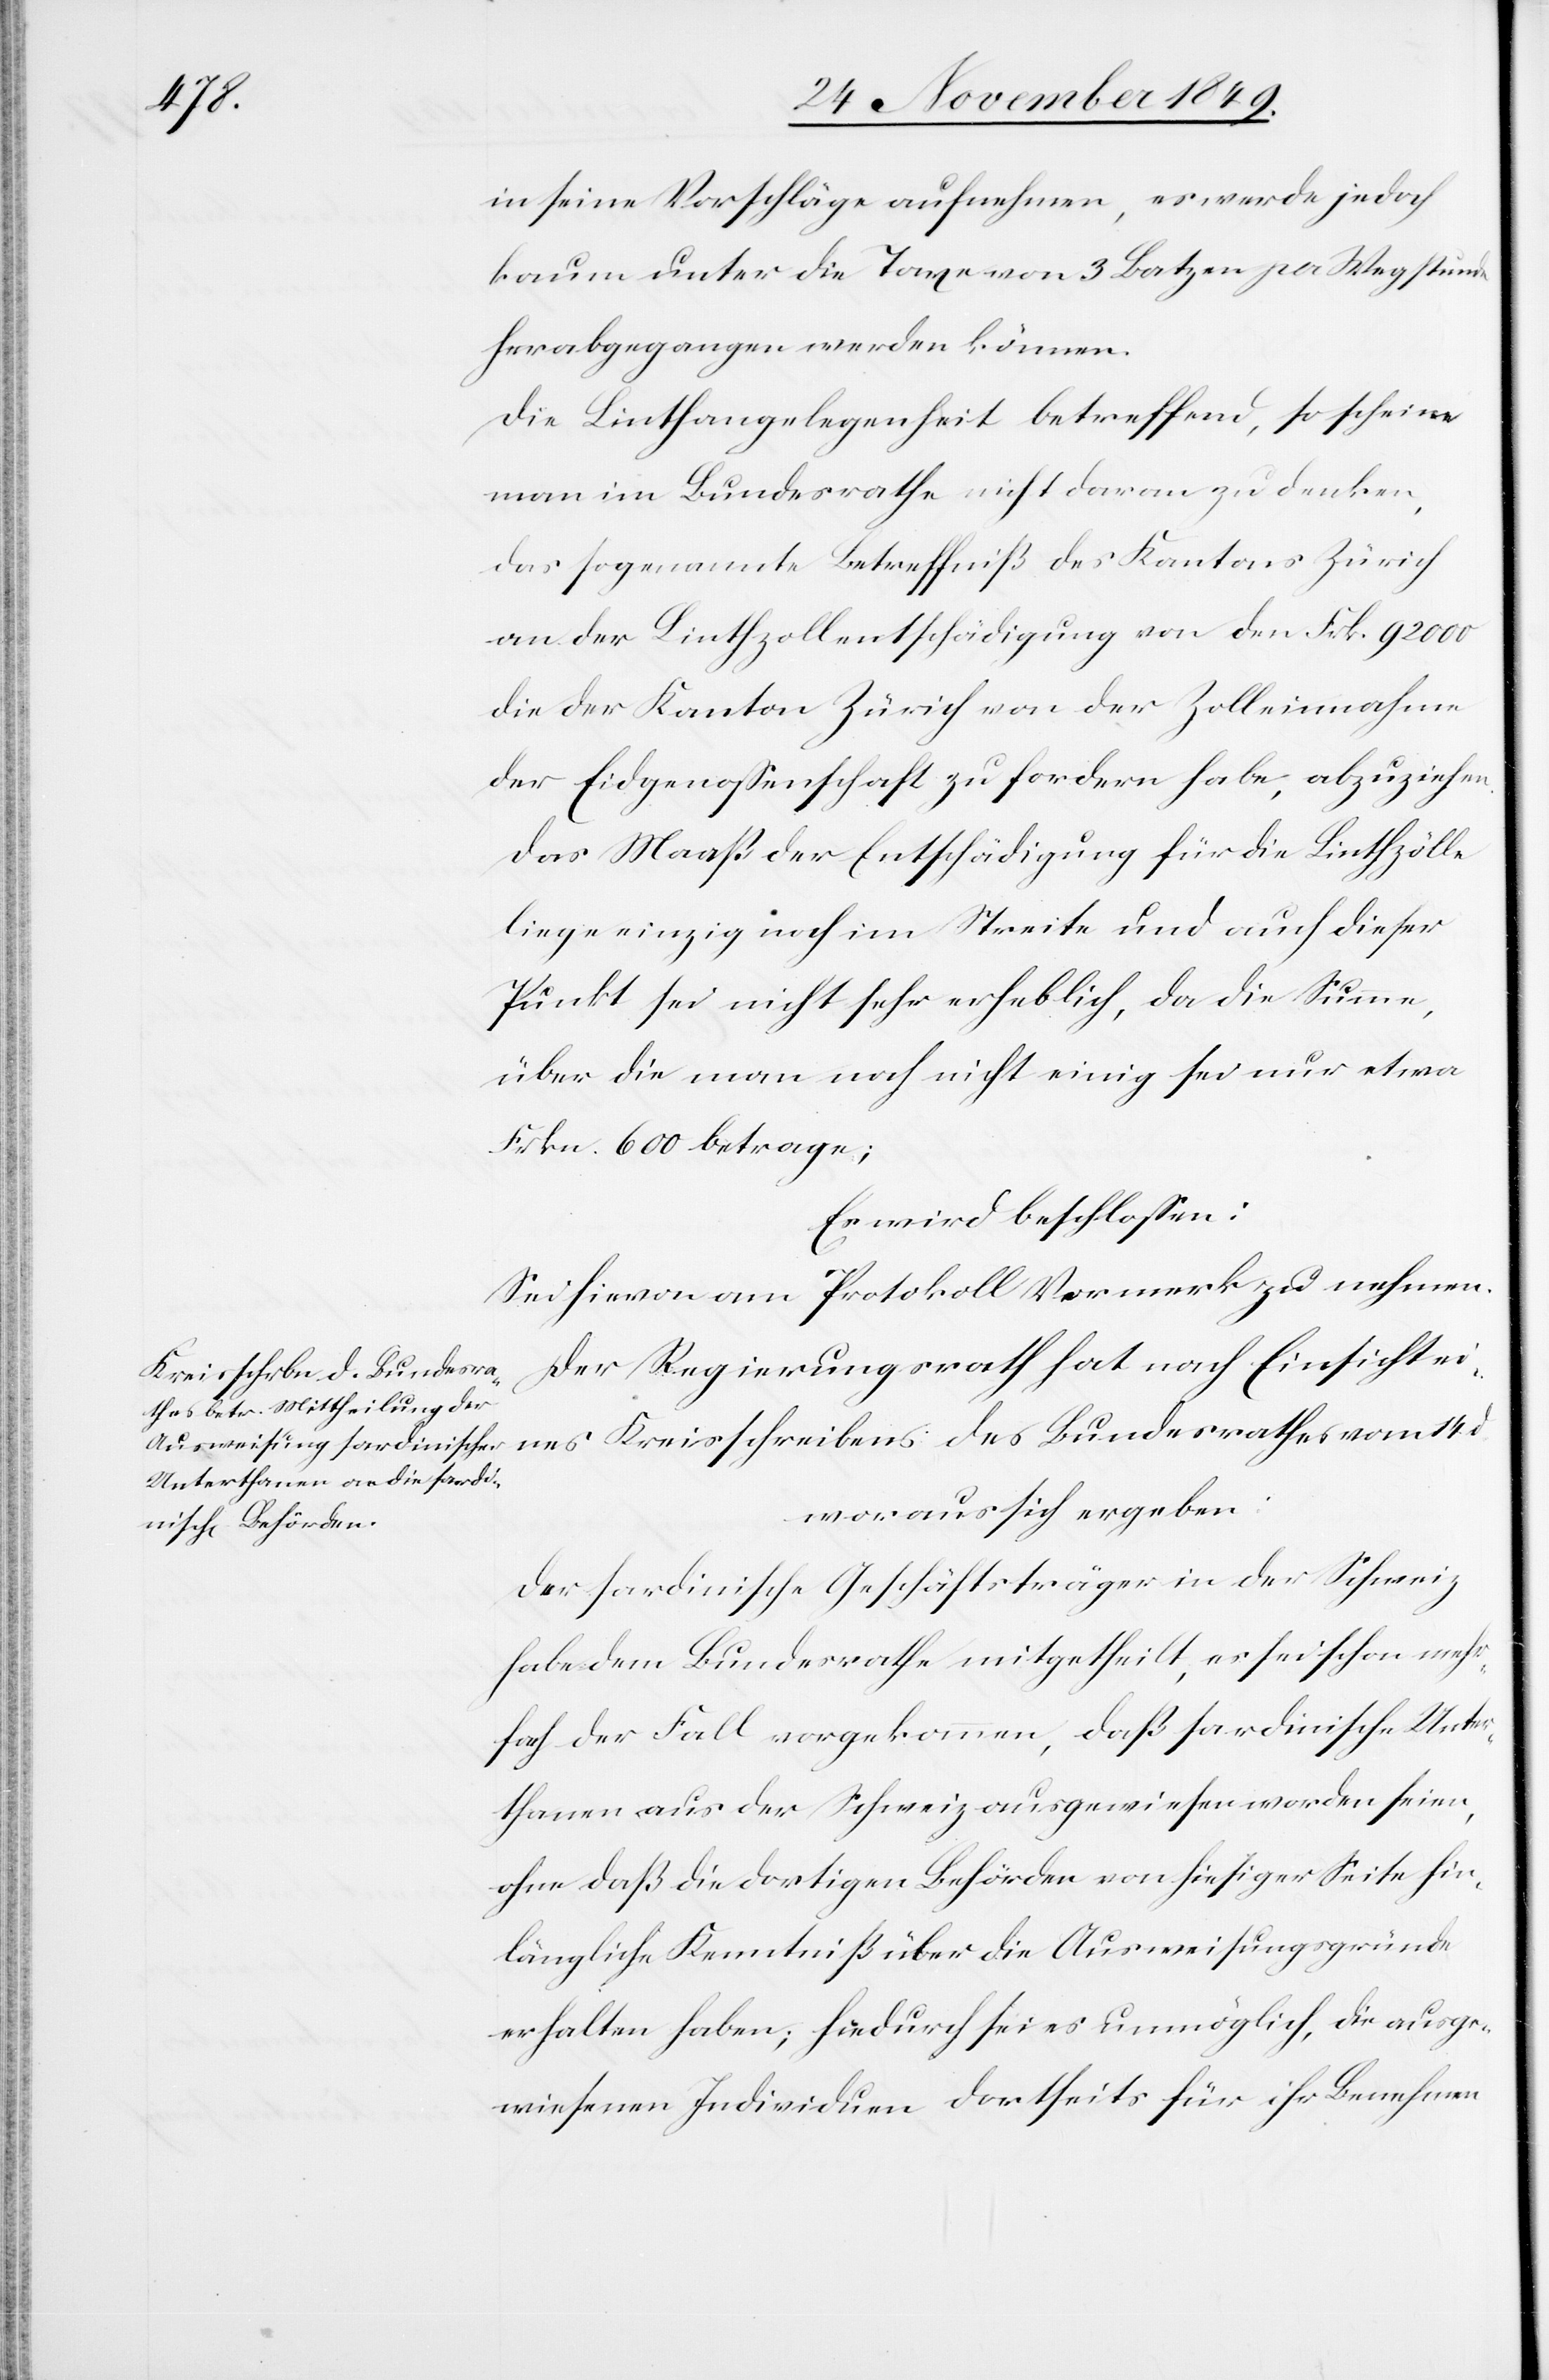
in seine Vorschläge aufnehmen, es werde jedoch
kaum unter die Taxe von 3 Batzen pro Wegstunde
herabgegangen werden können.
Die Linthangelegenheit betreffend, so schein
man im Bundesrathe nicht daran zu denken,
das sogenannte Betreffniß des Kantons Zürich
an der Linthzollentschädigung von den Frk. 92 000
die der Kanton Zürich von der Zolleinnahme
der Eidgenossenschaft zu fordern habe, abzuziehen.
Das Maaß der Entschädigung für die Linthzölle
liege einzig noch im Streite und auch dieser
Punkt sei nicht sehr erheblich, da die Summe,
über die man noch nicht einig sei nur etwa
Frkn. 600 betrage;
Der Regierungsrath hat nach Einsicht ei¬
nes Kreisschreibens des Bundesrathes vom 14 d.
woraus sich ergeben:
Der sardinische Geschäftsträger in der Schweiz
habe dem Bundesrathe mitgetheilt, es sei schon mehr¬
fach der Fall vorgekommen, daß sardinische Unter¬
thanen aus der Schweiz ausgewiesen worden seien,
ohne das die dortigen Behörden von hiesiger Seite hin¬
längliche Kenntniß über die Ausweisungsgründe
erhalten haben; hiedurch sei es unmöglich, die ausge¬
wiesenen Individuen dortseits für ihr Benehmen